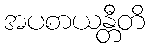
အပစာယန္တီတိ